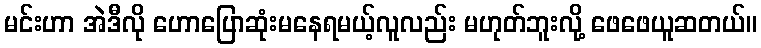
မင်းဟာ အဲဒီလို ဟောပြောဆုံးမနေရမယ့်လူလည်း မဟုတ်ဘူးလို့ ဖေဖေယူဆတယ်။